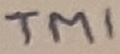
Text: TM1